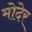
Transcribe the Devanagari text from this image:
मोदेर